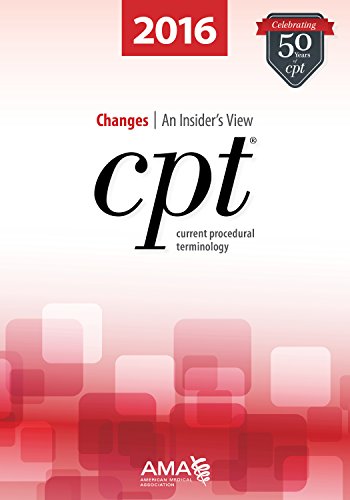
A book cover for CPT Changes 2016: An Insider's View (Cpt Changes: An Insiders View); American Medical Association; Medical Books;